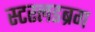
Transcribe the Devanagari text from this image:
स्टरलडब्रग